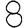
Digit: 8